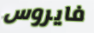
فايروس